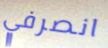
انصرفي